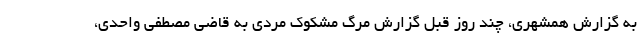
به گزارش همشهری، چند روز قبل گزارش مرگ مشکوک مردی به قاضی مصطفی واحدی،